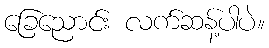
ခြေညောင်း လက်ဆန့်ပါပဲ။